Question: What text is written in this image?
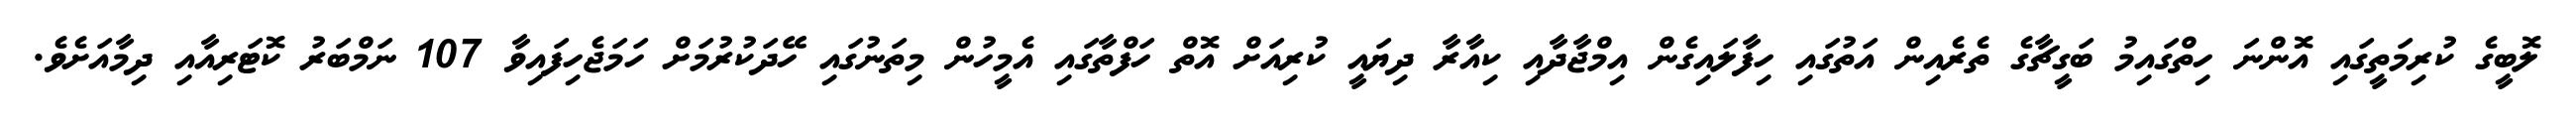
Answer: ލޮބީގެ ކުރިމަތީގައި އޮންނަ ހިތްގައިމު ބަގީޗާގެ ތެރެއިން އަތުގައި ހިފާލައިގެން އިމްޖާދާއި ކިއާރާ ދިޔައީ ކުރިއަށް އޮތް ހަފްތާގައި އެމީހުން މިތަނުގައި ހޭދަކުރުމަށް ހަމަޖެހިފައިވާ 107 ނަމްބަރު ކޮޓަރިއާއި ދިމާއަށެވެ.